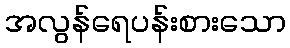
အလွန်ရေပန်းစားသော